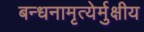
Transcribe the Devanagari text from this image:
बन्धनामृत्येर्मुक्षीय